Report of the Bombay Veterinary College
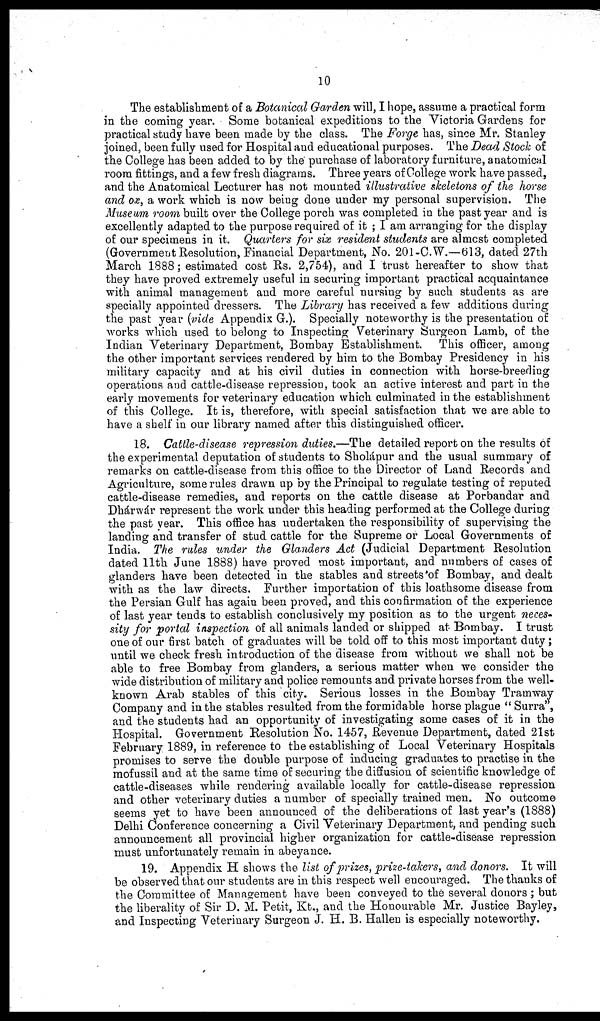
10
The establishment of a Botanical Garden will, I hope, assume a practical form
in the coming year. Some botanical expeditions to the Victoria Gardens for
practical study have been made by the class. The Forge has, since Mr. Stanley
joined, been fully used for Hospital and educational purposes. The Dead Stock of
the College has been added to by the purchase of laboratory furniture, anatomical
room fittings, and a few fresh diagrams. Three years of College work have passed,
and the Anatomical Lecturer has not mounted illustrative skeletons of the horse
and ox, a work which is now being done under my personal supervision. The
Museum room built over the College porch was completed in the past year and is
excellently adapted to the purpose required of it ; I am arranging for the display
of our specimens in it. Quarters for six resident students are almost completed
(Government Resolution, Financial Department, No. 201-C.W.—613, dated 27th
March 1888 ; estimated cost Rs. 2,754), and I trust hereafter to show that
they have proved extremely useful in securing important practical acquaintance
with animal management and more careful nursing by such students as are
specially appointed dressers. The Library has received a few additions during
the past year (vide Appendix G.). Specially noteworthy is the presentation of
works which used to belong to Inspecting Veterinary Surgeon Lamb, of the
Indian Veterinary Department, Bombay Establishment. This officer, among
the other important services rendered by him to the Bombay Presidency in his
military capacity and at his civil duties in connection with horse-breeding
operations and cattle-disease repression, took an active interest and part in the
early movements for veterinary education which culminated in the establishment
of this College. It is, therefore, with special satisfaction that we are able to
have a shelf in our library named after this distinguished officer.
18. Cattle-disease repression duties.—The detailed report on the results of
the experimental deputation of students to Sholápur and the usual summary of
remarks on cattle-disease from this office to the Director of Land Records and
Agriculture, some rules drawn up by the Principal to regulate testing of reputed
cattle-disease remedies, and reports on the cattle disease at Porbandar and
Dhárwár represent the work under this heading performed at the College during
the past year. This office has undertaken the responsibility of supervising the
landing and transfer of stud cattle for the Supreme or Local Governments of
India. The rules under the Glanders Act (Judicial Department Resolution
dated 11th June 1888) have proved most important, and numbers of cases of
glanders have been detected in the stables and streets of Bombay, and dealt
with as the law directs. Further importation of this loathsome disease from
the Persian Gulf has again been proved, and this confirmation of the experience
of last year tends to establish conclusively my position as to the urgent neces-
sity for portal inspection of all animals landed or shipped at Bombay. I trust
one of our first batch of graduates will be told off to this most important duty ;
until we check fresh introduction of the disease from without we shall not be
able to free Bombay from glanders, a serious matter when we consider the
wide distribution of military and police remounts and private horses from the well-
known Arab stables of this city. Serious losses in the Bombay Tramway
Company and in the stables resulted from the formidable horse plague " Surra",
and the students had an opportunity of investigating some cases of it in the
Hospital. Government Resolution No. 1457, Revenue Department, dated 21st
February 1889, in reference to the establishing of Local Veterinary Hospitals
promises to serve the double purpose of inducing graduates to practise in the
mofussil and at the same time of securing the diffusion of scientific knowledge of
cattle-diseases while rendering available locally for cattle-disease repression
and other veterinary duties a number of specially trained men. No outcome
seems yet to have been announced of the deliberations of last year's (1888)
Delhi Conference concerning a Civil Veterinary Department, and pending such
announcement all provincial higher organization for cattle-disease repression
must unfortunately remain in abeyance.
19. Appendix H shows the list of prizes, prize-takers, and donors. It will
be observed that our students are in this respect well encouraged. The thanks of
the Committee of Management have been conveyed to the several donors ; but
the liberality of Sir D. M. Petit, Kt., and the Honourable Mr. Justice Bayley,
and Inspecting Veterinary Surgeon J. H. B. Hallen is especially noteworthy.